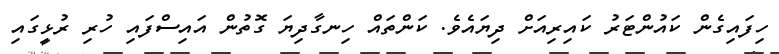
ހިފައިގެން ކައުންޓަރު ކައިރިއަށް ދިޔައެވެ. ކަންތައް ހިނގާދިޔަ ގޮތުން އައިސްފައި ހުރި ރުޅީގައި